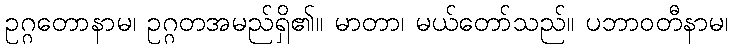
ဥဂ္ဂတောနာမ၊ ဥဂ္ဂတအမည်ရှိ၏။ မာတာ၊ မယ်တော်သည်။ ပဘာဝတီနာမ၊